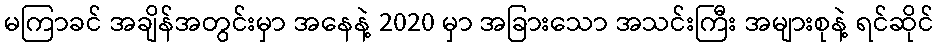
မကြာခင် အချိန်အတွင်းမှာ အနေနဲ့ 2020 မှာ အခြားသော အသင်းကြီး အများစုနဲ့ ရင်ဆိုင်